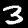
Digit: 3